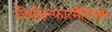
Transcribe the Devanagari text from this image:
जियोइन्फारमैटिक्स